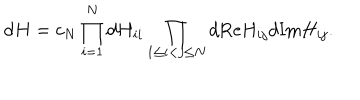
\mathrm { d } H = c _ { N } \prod _ { i = 1 } ^ { N } \mathrm { d } H _ { i i } \prod _ { 1 \leq i < j \leq N } \mathrm { d } \mathrm { R e } H _ { i j } \mathrm { d } \mathrm { I m } H _ { i j } .